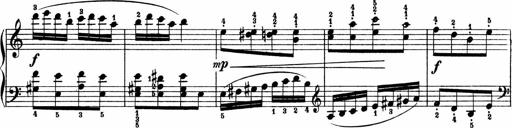
Title: 2 Sonatinen
Composer: Lambertus Adrianus van Tetterode